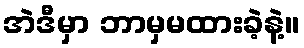
အဲဒီမှာ ဘာမှမထားခဲ့နဲ့။